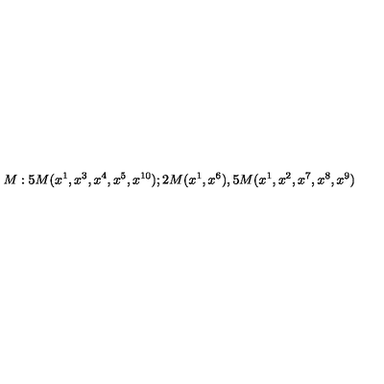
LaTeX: M : 5 M ( x ^ { 1 } , x ^ { 3 } , x ^ { 4 } , x ^ { 5 } , x ^ { 1 0 } ) ; 2 M ( x ^ { 1 } , x ^ { 6 } ) , 5 M ( x ^ { 1 } , x ^ { 2 } , x ^ { 7 } , x ^ { 8 } , x ^ { 9 } )